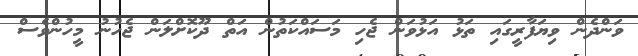
ވަންދެން ވިޔަފާރީގައި ތަޅު އަޅުވަން ޖެހި މަސައްކަތުން އަތް ދޫކޮށްލަން ޖެހުނު މީހުންވެސް